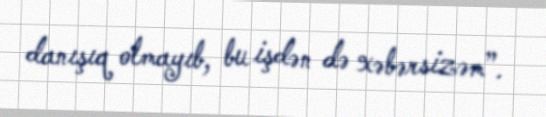
danışıq olmayıb, bu işdən də xəbərsizəm”.